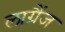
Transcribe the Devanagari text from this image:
लाग्रैंज